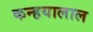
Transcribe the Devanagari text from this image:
कन्हयालाल